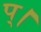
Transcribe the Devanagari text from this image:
प्।